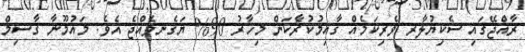
ރާއްޖޭގައި ސެކިޔުލާރ ވެރިކަމެއް ޤާއިމުކުރާެކަން މިހާރު 90% ޔަގެެނވެއްޖެ އެވެ. މައުމޫނާ ގާސިމް